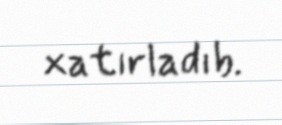
xatırladıb.